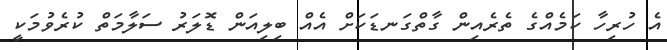
އެ ހުރިހާ ކަމެއްގެ ތެރެއިން ގާތްގަނޑަކަށް އެއް ބިލިއަން ޑޮލަރު ސަލާމަތް ކުރެވުމަކީ